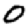
Digit: 0